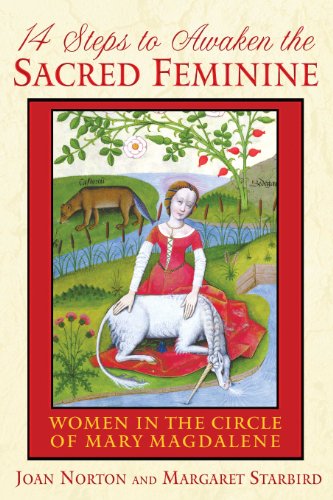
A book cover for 14 Steps to Awaken the Sacred Feminine: Women in the Circle of Mary Magdalene; Joan Norton; Religion & Spirituality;